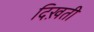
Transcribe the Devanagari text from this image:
दिख़ती